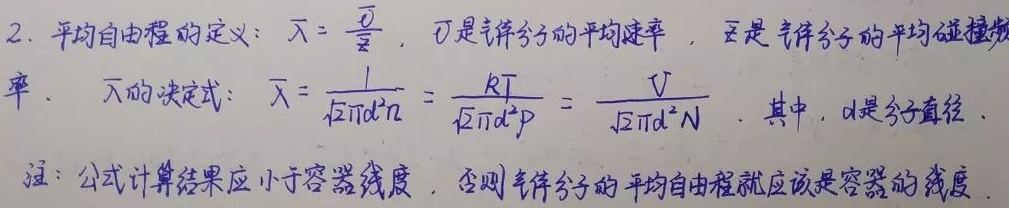
2. 平均自由程的定义：$\bar{\lambda}=\frac{\bar{v}}{\bar{z}}$，其中$\bar{v}$是气体分子的平均速率 ，$\bar{z}$是气体分子的平均碰撞频率。$\bar{\lambda}$的决定式：
\[\bar{\lambda}=\frac{1}{\sqrt{2}\pi d^{2}n}=\frac{kT}{\sqrt{2}\pi d^{2}p}=\frac{V}{\sqrt{2}\pi d^{2}N}\]
其中，$d$是分子直径。注：公式计算结果应小于容器线度 ，否则气体分子的平均自由程就应该是容器的线度。